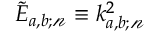
\tilde { E } _ { a , b ; \mathscr { n } } \equiv k _ { a , b ; \mathscr { n } } ^ { 2 }